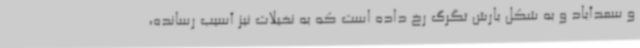
و سعدآباد و به شکل بارش تگرگ رخ داده است که به نخیلات نیز آسیب رسانده،